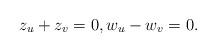
\begin{align*}z_u+z_v=0, w_u-w_v=0 .\end{align*}